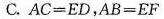
C.$$A C = E D$$，$$A B = E F$$